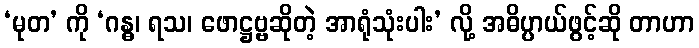
‘မုတ’ ကို ‘ဂန္ဓ၊ ရသ၊ ဖောဋ္ဌဗ္ဗဆိုတဲ့ အာရုံသုံးပါး’ လို့ အဓိပ္ပာယ်ဖွင့်ဆို တာဟာ